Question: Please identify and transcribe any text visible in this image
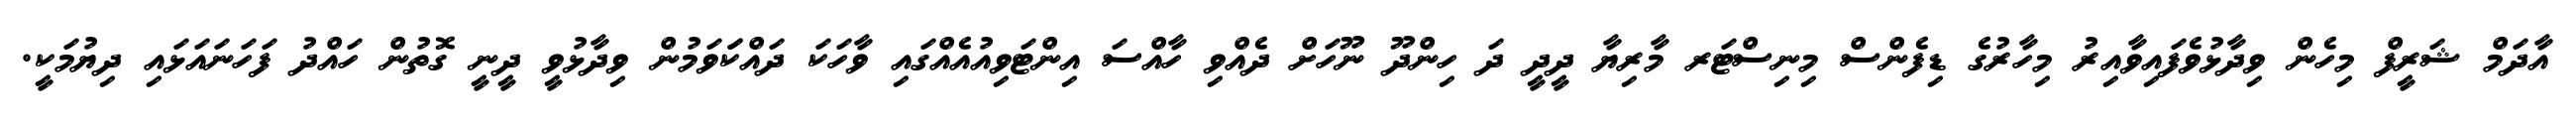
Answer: އާދަމް ޝަރީފް މިހެން ވިދާޅުވެފައިވާއިރު މިހާރުގެ ޑިފެންސް މިނިސްޓަރ މާރިޔާ ދީދީ ދަ ހިންދޫ ނޫހަށް ދެއްވި ހާއްސަ އިންޓަވިއުއެއްގައި ވާހަކަ ދައްކަަވަމުން ވިދާޅުވީ ދީނީ ގޮތުން ހައްދު ފަހަނައަޅައި ދިޔުމަކީ.